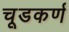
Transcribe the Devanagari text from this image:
चूडकर्ण